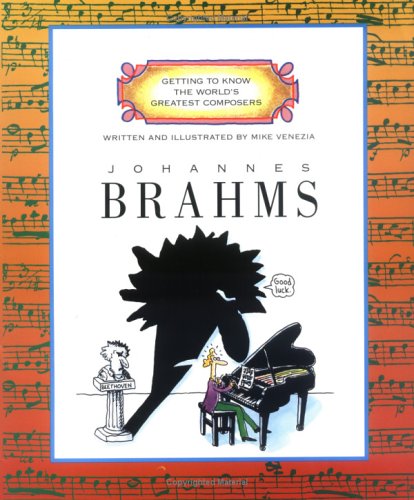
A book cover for Johannes Brahms (Getting to Know the World's Greatest Composers); Mike Venezia; Children's Books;